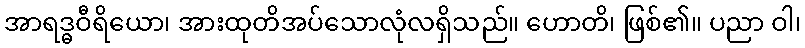
အာရဒ္ဓဝီရိယော၊ အားထုတိအပ်သောလုံလရှိသည်။ ဟောတိ၊ ဖြစ်၏။ ပညာ ဝါ၊